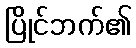
ပြိုင်ဘက်၏